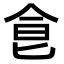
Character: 𩚁